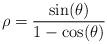
LaTeX: \begin{align*}\rho=\frac{\sin(\theta)}{1-\cos(\theta)} \end{align*}